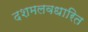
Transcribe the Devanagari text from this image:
दशमलवधारित